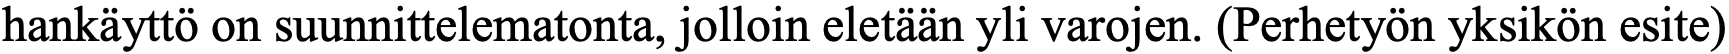
hankäyttö on suunnittelematonta, jolloin eletään yli varojen. (Perhetyön yksikön esite)